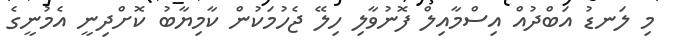
މި ލަނޑު އަބްދުއް އިސްމާއިލް ފޮނުވާލި ހިލޭ ޖެހުމަކުން ކާމިޔާބު ކޮށްދިނީ އެމުނީގެ